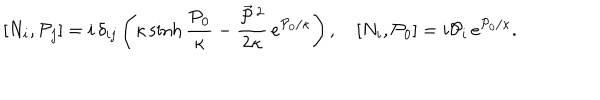
[ N _ { i } , { \cal P } _ { j } ] = i \, \delta _ { i j } \left( \kappa \sinh \frac { { \cal P } _ { 0 } } \kappa - \frac { \vec { { \cal P } } \, { } ^ { 2 } } { 2 \kappa } \, e ^ { { \cal P } _ { 0 } / \kappa } \right) , \quad [ N _ { i } , { \cal P } _ { 0 } ] = i { \cal P } _ { i } \, e ^ { { \cal P } _ { 0 } / \kappa } .